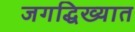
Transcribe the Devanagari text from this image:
जगद्धिख्यात